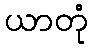
ယာတုံ